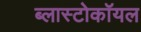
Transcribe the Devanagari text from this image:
ब्लास्टोकॉयल